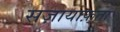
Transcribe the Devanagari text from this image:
सज़ायाफ़्ता